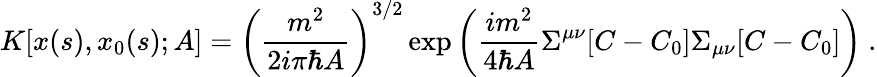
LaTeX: K[x(s),x_{0}(s);A]=\left({\frac{m^{2}}{2i\pi\hbar A}}\right)^{3/2}\exp\left({\frac{im^{2}}{4\hbar A}}\Sigma^{\mu\nu}[C-C_{0}]\Sigma_{\mu\nu}[C-C_{0}]\right)\ .